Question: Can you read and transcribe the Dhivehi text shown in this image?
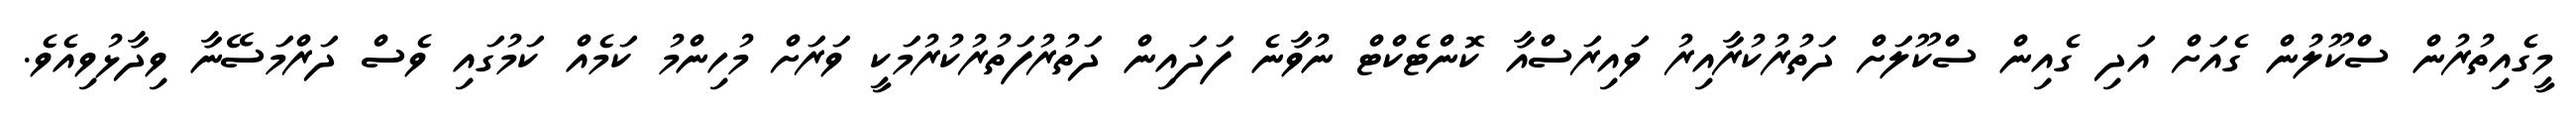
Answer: މީގެއިތުރުން ސްކޫލުން ގެއަށް އަދި ގެއިން ސްކޫލަށް ދަތުރުކުރާއިރު ވައިރަސްއާ ކޮންޓެކްޓް ނުވާނެ ފަދައިން ދަތުރުފަތުރުކުރުމަކީ ވަރަށް މުހިންމު ކަމެއް ކަމުގައި ވެސް ދަރްމަސޭނާ ވިދާޅުވިއެވެ.